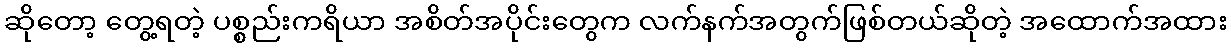
ဆိုတော့ တွေ့ရတဲ့ ပစ္စည်းကရိယာ အစိတ်အပိုင်းတွေက လက်နက်အတွက်ဖြစ်တယ်ဆိုတဲ့ အထောက်အထား